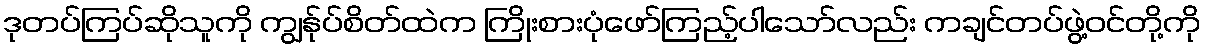
ဒုတပ်ကြပ်ဆိုသူကို ကျွန်ုပ်စိတ်ထဲက ကြိုးစားပုံဖော်ကြည့်ပါသော်လည်း ကချင်တပ်ဖွဲ့ဝင်တို့ကို